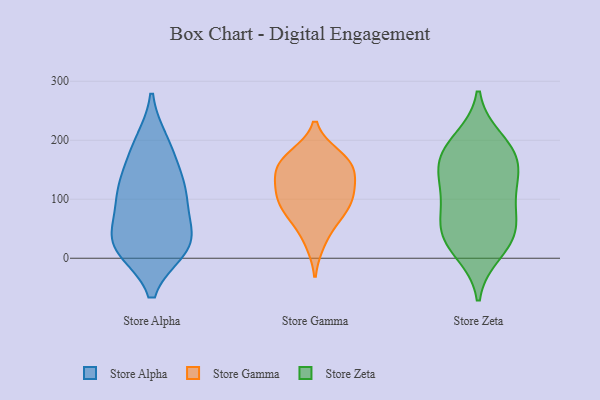
{"axis": {"x": "Market Share (%)", "y": "Value"}, "legend": ["Store Alpha", "Store Gamma", "Store Zeta"], "data": [{"x": "", "y": 96, "type": "Store Alpha"}, {"x": "", "y": 196, "type": "Store Alpha"}, {"x": "", "y": 113, "type": "Store Alpha"}, {"x": "", "y": 99, "type": "Store Alpha"}, {"x": "", "y": 19, "type": "Store Alpha"}, {"x": "", "y": 33, "type": "Store Alpha"}, {"x": "", "y": 125, "type": "Store Alpha"}, {"x": "", "y": 16, "type": "Store Alpha"}, {"x": "", "y": 189, "type": "Store Alpha"}, {"x": "", "y": 53, "type": "Store Alpha"}, {"x": "", "y": 148, "type": "Store Alpha"}, {"x": "", "y": 18, "type": "Store Alpha"}, {"x": "", "y": 23, "type": "Store Alpha"}, {"x": "", "y": 174, "type": "Store Gamma"}, {"x": "", "y": 26, "type": "Store Gamma"}, {"x": "", "y": 92, "type": "Store Gamma"}, {"x": "", "y": 107, "type": "Store Gamma"}, {"x": "", "y": 171, "type": "Store Gamma"}, {"x": "", "y": 66, "type": "Store Gamma"}, {"x": "", "y": 96, "type": "Store Gamma"}, {"x": "", "y": 145, "type": "Store Gamma"}, {"x": "", "y": 153, "type": "Store Gamma"}, {"x": "", "y": 72, "type": "Store Gamma"}, {"x": "", "y": 163, "type": "Store Gamma"}, {"x": "", "y": 130, "type": "Store Gamma"}, {"x": "", "y": 118, "type": "Store Gamma"}, {"x": "", "y": 107, "type": "Store Zeta"}, {"x": "", "y": 35, "type": "Store Zeta"}, {"x": "", "y": 140, "type": "Store Zeta"}, {"x": "", "y": 46, "type": "Store Zeta"}, {"x": "", "y": 72, "type": "Store Zeta"}, {"x": "", "y": 166, "type": "Store Zeta"}, {"x": "", "y": 173, "type": "Store Zeta"}, {"x": "", "y": 199, "type": "Store Zeta"}, {"x": "", "y": 41, "type": "Store Zeta"}, {"x": "", "y": 12, "type": "Store Zeta"}, {"x": "", "y": 116, "type": "Store Zeta"}, {"x": "", "y": 179, "type": "Store Zeta"}]}